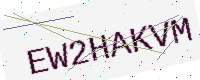
Text: EW2HAKVM